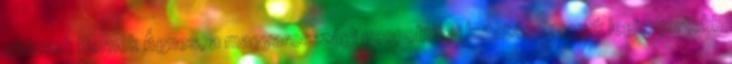
ciklusok Bernek Ágnes, a magyarországi geopolitikai kutatások egyik legismertebb